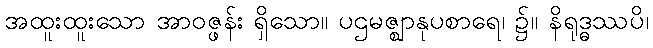
အထူးထူးသော အာဝဇ္ဖန်း ရှိသော။ ပဌမဇ္ဈာနုပစာရေ၊ ၌။ နိရုဒ္ဓဿပိ၊